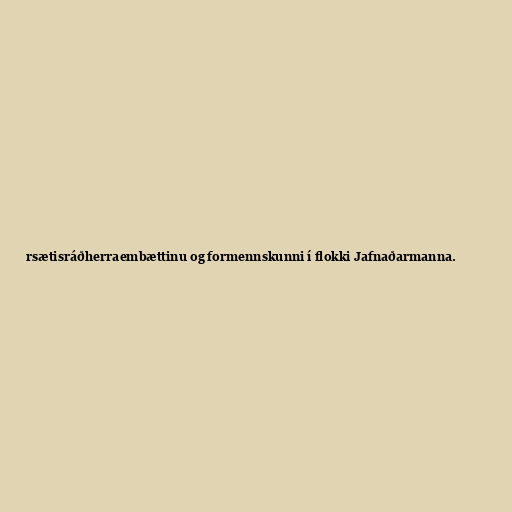
rsætisráðherraembættinu og formennskunni í flokki Jafnaðarmanna.